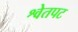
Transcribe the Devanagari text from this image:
श्वेतपट